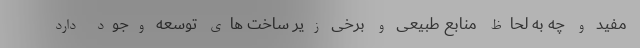
مفید و چه به لحاظ منابع طبیعی و برخی زیر ساخت های توسعه وجود دارد